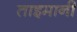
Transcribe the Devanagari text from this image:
ताइमानी